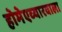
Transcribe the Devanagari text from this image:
होमेएव्‍यारवाला